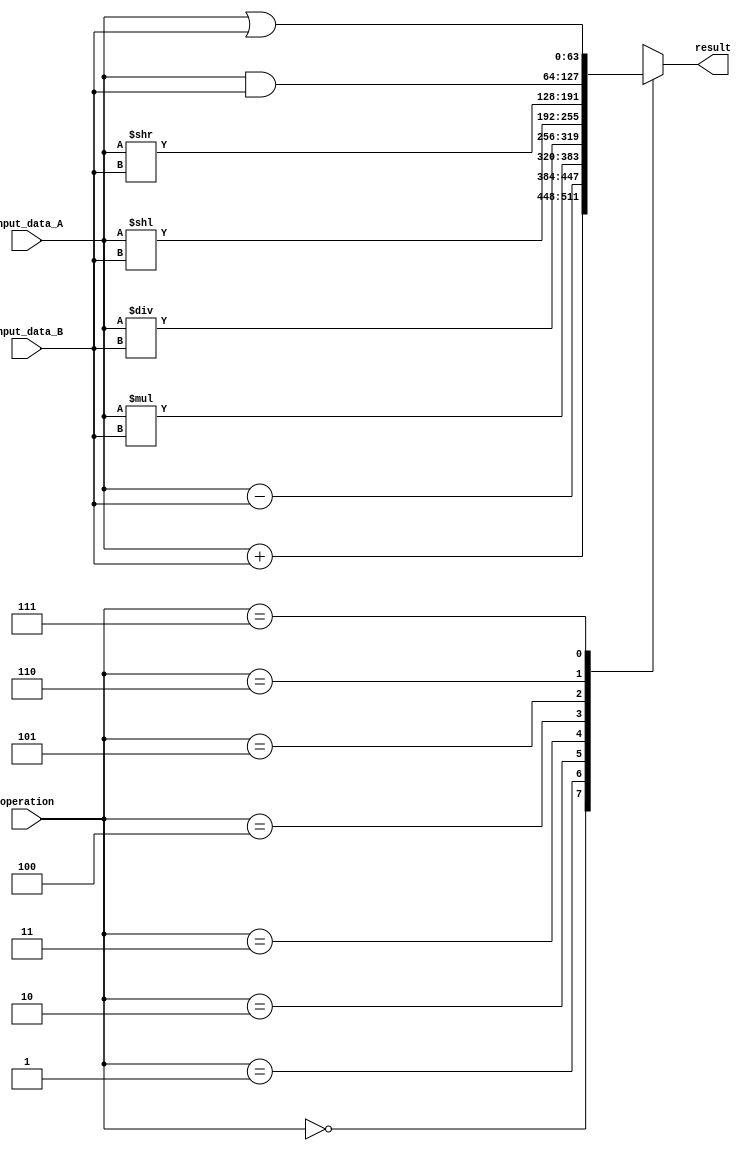
module alu_64bit (
    input [63:0] input_data_A,
    input [63:0] input_data_B,
    input [2:0] operation,
    output reg [63:0] result
);

always @(*)
begin
    case(operation)
        3'b000: result = input_data_A + input_data_B; // Addition
        3'b001: result = input_data_A - input_data_B; // Subtraction
        3'b010: result = input_data_A * input_data_B; // Multiplication
        3'b011: result = input_data_A / input_data_B; // Division
        3'b100: result = input_data_A << input_data_B; // Left shift
        3'b101: result = input_data_A >> input_data_B; // Right shift
        3'b110: result = input_data_A & input_data_B; // Bitwise AND
        3'b111: result = input_data_A | input_data_B; // Bitwise OR
    endcase
end

endmodule